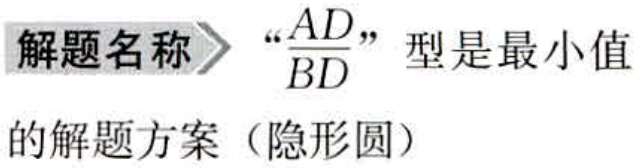
解题名称 $\rightharpoonup$ “$\frac{AD}{BD}$”型是最小值

的解题方案（隐形圆）